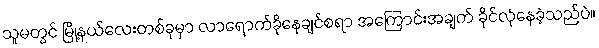
သူမတွင် မြို့နယ်လေးတစ်ခုမှာ လာရောက်ခိုနေချင်စရာ အကြောင်းအချက် ခိုင်လုံနေခဲ့သည်ပဲ။